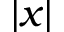
| x |